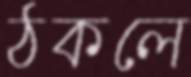
ঠকলে